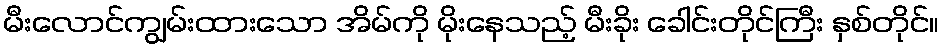
မီးလောင်ကျွမ်းထားသော အိမ်ကို မိုးနေသည့် မီးခိုး ခေါင်းတိုင်ကြီး နှစ်တိုင်။